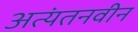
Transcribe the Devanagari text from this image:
अत्यंतनवीन